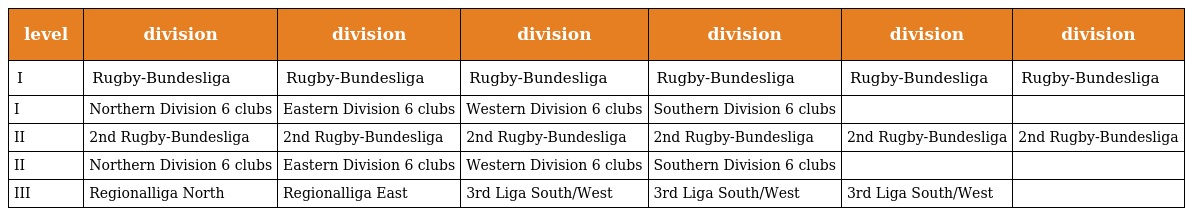
| level | division | division | division | division | division | division |
 | --- | --- | --- | --- | --- | --- | --- |
 | I | Rugby-Bundesliga | Rugby-Bundesliga | Rugby-Bundesliga | Rugby-Bundesliga | Rugby-Bundesliga | Rugby-Bundesliga |
 | I | Northern Division 6 clubs | Eastern Division 6 clubs | Western Division 6 clubs | Southern Division 6 clubs |  |  |
 | II | 2nd Rugby-Bundesliga | 2nd Rugby-Bundesliga | 2nd Rugby-Bundesliga | 2nd Rugby-Bundesliga | 2nd Rugby-Bundesliga | 2nd Rugby-Bundesliga |
 | II | Northern Division 6 clubs | Eastern Division 6 clubs | Western Division 6 clubs | Southern Division 6 clubs |  |  |
 | III | Regionalliga North | Regionalliga East | 3rd Liga South/West | 3rd Liga South/West | 3rd Liga South/West |  |